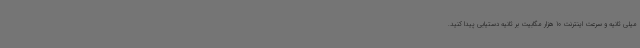
میلی ثانیه و سرعت اینترنت 10 هزار مگابیت بر ثانیه دستیابی پیدا کنید.